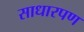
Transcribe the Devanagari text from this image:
साधारपण